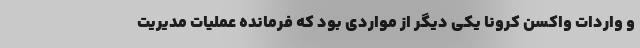
و واردات واکسن کرونا یکی دیگر از مواردی بود که فرمانده عملیات مدیریت